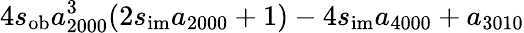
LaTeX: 4s_{\mathrm{ob}}a_{2000}^{3}(2s_{\mathrm{im}}a_{2000}+1)-4s_{\mathrm{im}}a_{4000}+a_{3010}